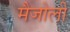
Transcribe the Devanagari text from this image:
मैजोली